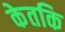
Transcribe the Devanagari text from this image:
केतकि